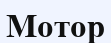
Мотор